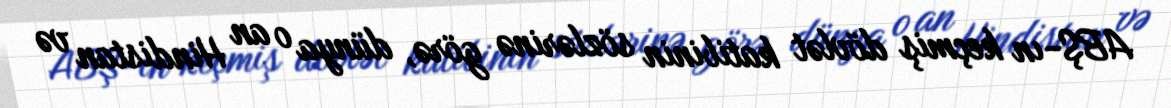
ABŞ-ın keçmiş dövlət katibinin sözlərinə görə, dünya o an Hindistan və